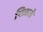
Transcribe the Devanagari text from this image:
पिळले